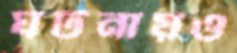
ঘটনায়ও